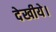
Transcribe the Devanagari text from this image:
देखीये।